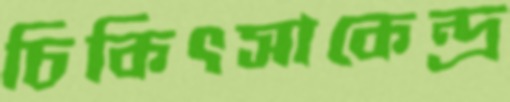
চিকিৎসাকেন্দ্র